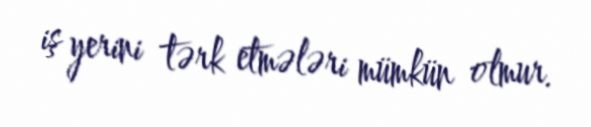
iş yerini tərk etmələri mümkün olmur.